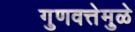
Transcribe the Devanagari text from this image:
गुणवत्तेमुळे